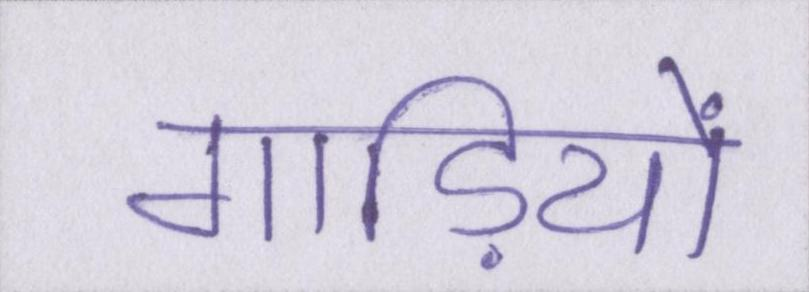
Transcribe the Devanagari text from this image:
गाड़ियों